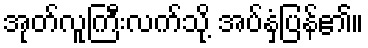
အုတ်လူကြီးလက်သို့ အပ်နှံပြန်၏။